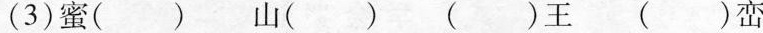
(3)( )蜜( )山 ( )王 ( )峦